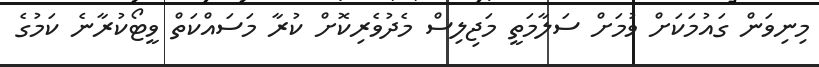
މިނިވަން ގައުމަކަށް ވުމަށް ސަލާމަތީ މަޖިލިސް މެދުވެރިކޮށް ކުރާ މަސައްކަތް ވީޓޯކުރާނެ ކަމުގެ